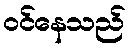
ဝင်နေသည်